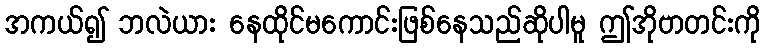
အကယ်၍ ဘလဲယား နေထိုင်မကောင်းဖြစ်နေသည်ဆိုပါမူ ဤအိုဗာတင်းကို